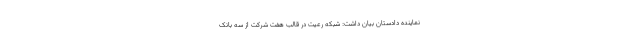
نماینده دادستان بیان داشت: شبکه رعیت در قالب هفت شرکت از سه بانک